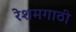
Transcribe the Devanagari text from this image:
रेशमगाठी